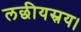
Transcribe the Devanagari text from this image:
लछीयस्रय।